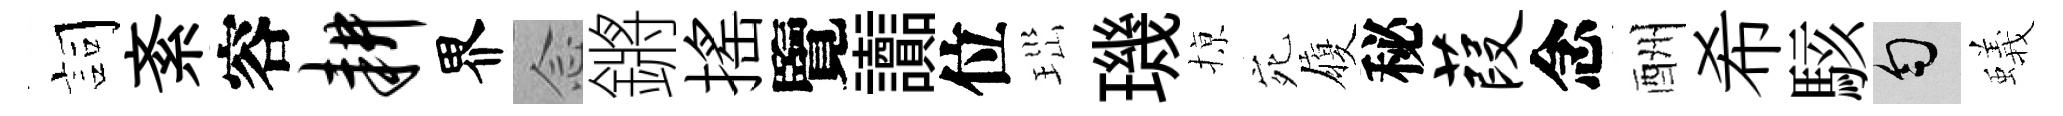
詞紊容耕界𫝹鏘摇覽讟位𤤼璣𢱊宛履秘葭念酬希駭匀蟻